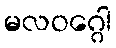
မလဝဂ္ဂေါ